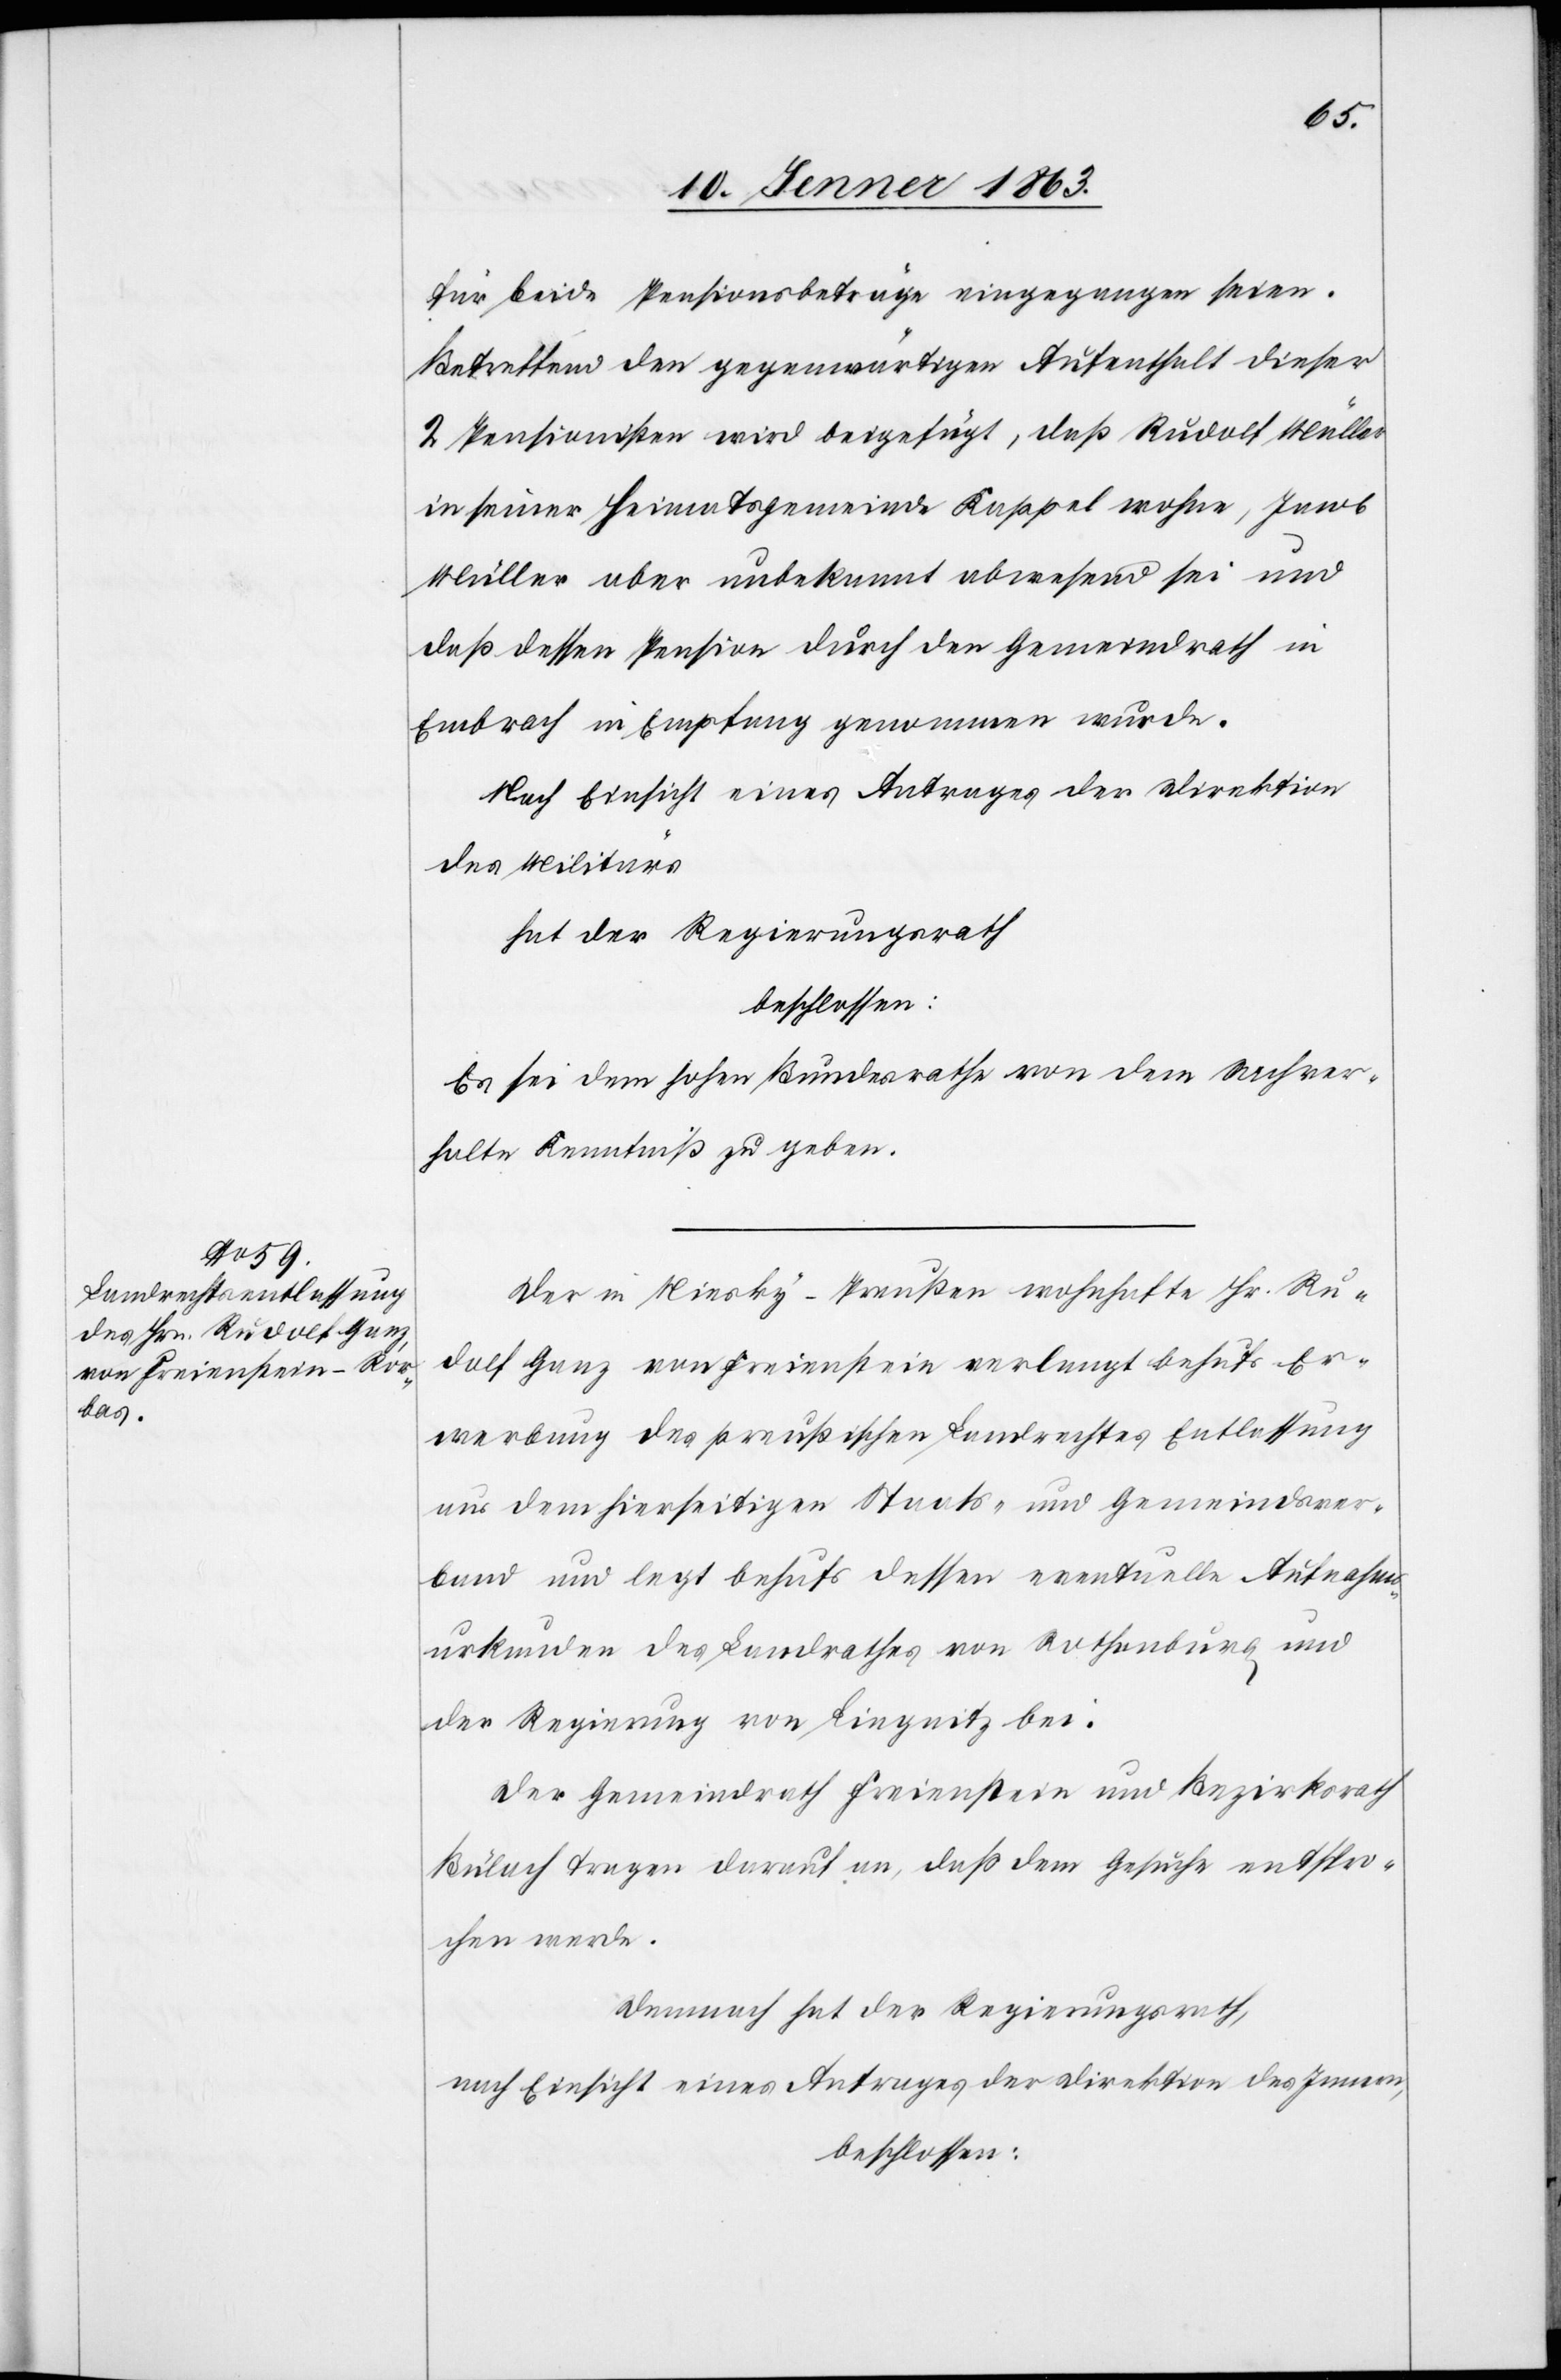
für beide Pensionsbeträge eingegangen seien.
Betreffend den gegenwärtigen Aufenthalt dieser
2 Pensionisten wird beigefügt, daß Rudolf Müller
in seiner Heimatsgemeinde Kappel wohne, Jacob
Müller aber unbekannt abwesend sei und
daß dessen Pension durch den Gemeindrath in
Embrach in Empfang genommen wurde.
Nach Einsicht eines Antrages der Direktion
des Militärs
hat der Regierungsrath
beschlossen:
Es sei dem hohen Bundesrathe von dem Sachver¬
halte Kenntniß zu geben.
Der in Niesky-Preußen wohnhafte Hr. Ru¬
dolf Ganz von Freienstein verlangt behufs Er¬
werbung des preußischen Landrechtes Entlassung
aus dem hierseitigen Staats- und Gemeindsver¬
band und legt behufs dessen eventuelle Aufnahms¬
urkunden des Landrathes von Rothenburg und
der Regierung von Lingnitz bei.
Der Gemeindrath Freienstein und Bezirksrath
Bülach tragen darauf an, daß dem Gesuche entspro¬
chen werde.
Demnach hat der Regierungsrath,
nach Einsicht eines Antrages der Direktion des Innern,
beschlossen: